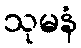
သုမနံ